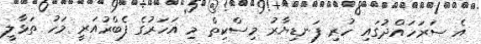
އެ ސަރަހައްދުގައި ހުރި ފަނޑިޔާރު މިސްކިތް މި އަހަރުގެ ފެބްރުއަރީ މަހު ތަޅާލީ